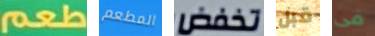
طعم المطعم تخفض قبل فى